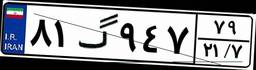
۸۰گ۷۳۰۸۵